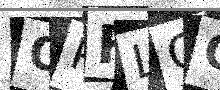
Text: OPFLGO